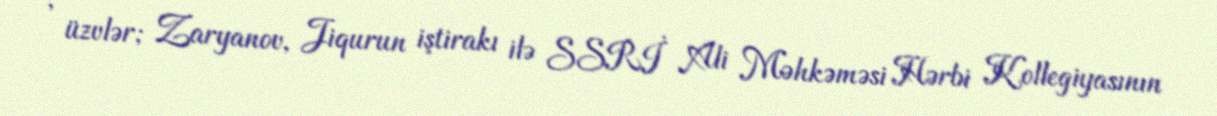
, üzvlər; Zaryanov, Jiqurun iştirakı ilə SSRİ Ali Məhkəməsi Hərbi Kollegiyasının